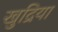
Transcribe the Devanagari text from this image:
खुद्रिया